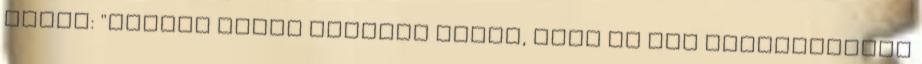
Juzek: "Jobban utána kellene nézni, mert az itt elhangzottak